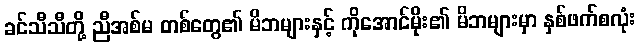
ခင်သီသီတို့ ညီအစ်မ တစ်တွေ၏ မိဘများနှင့် ကိုအောင်မိုး၏ မိဘများမှာ နှစ်ဖက်စလုံး